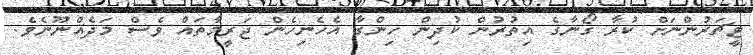
ޓީޗަރުންނަށް ކުރާ ގޯނާގެ އިތުރުން ކުދިން ހިންގާ އެހެނިހެން ޖަރީމާތައް ވެސް މަދެއްނޫނެވެ.